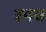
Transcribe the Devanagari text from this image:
रपव